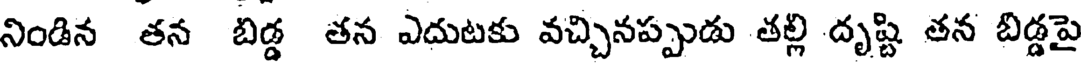
నిండిన తన బిడ్డ తన ఎదుటకు వచ్చినప్పుడు తల్లి దృష్టి తన బిడ్డపై